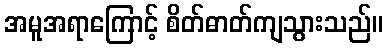
အမူအရာကြောင့် စိတ်ဓာတ်ကျသွားသည်။